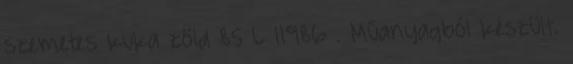
szemetes kuka zöld 85 L 11986 . Műanyagból készült.